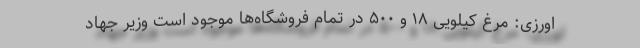
اورزی: مرغ کیلویی ۱۸ و ۵۰۰ در تمام فروشگاه‌ها موجود است وزیر جهاد